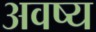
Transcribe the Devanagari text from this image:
अवष्य